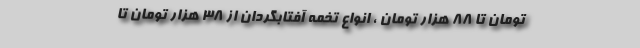
تومان تا ۸۸ هزار تومان ، انواع تخمه آفتابگردان از ۳۸ هزار تومان تا